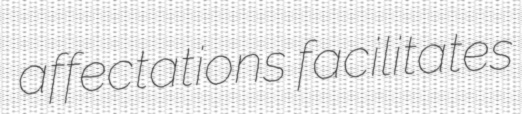
affectations facilitates